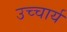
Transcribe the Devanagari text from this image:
उच्चार्य